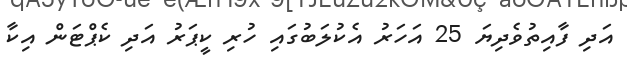
އަދި ފާއިތުވެދިޔަ 25 އަހަރު އެކުލަބުގައި ހުރި ކީޕަރު އަދި ކެޕްޓަން އިކާ